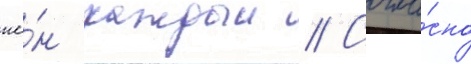
ие́н каждыи // Согла́сно